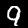
Digit: 9